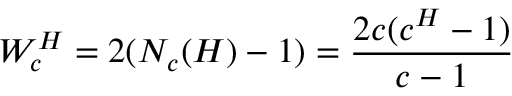
\boldsymbol { W _ { c } ^ { H } } = 2 ( N _ { c } ( H ) - 1 ) = \frac { 2 c ( c ^ { H } - 1 ) } { c - 1 }